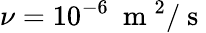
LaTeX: \nu=10^{-6}~\mathrm{~m~}^{2}/\mathrm{~s~}